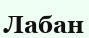
Лабан